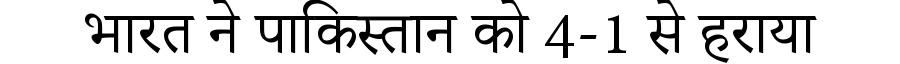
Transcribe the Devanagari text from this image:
भारत ने पाकिस्तान को 4-1 से हराया